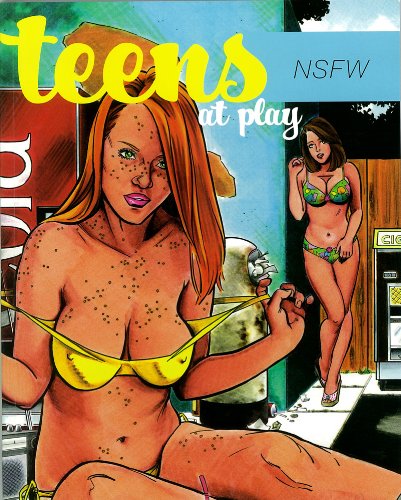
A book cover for TEENS AT PLAY NSFW GN; Rebecca; Comics & Graphic Novels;